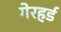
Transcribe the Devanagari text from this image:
गेरहर्ड